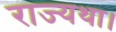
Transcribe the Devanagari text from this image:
राज्यथा।